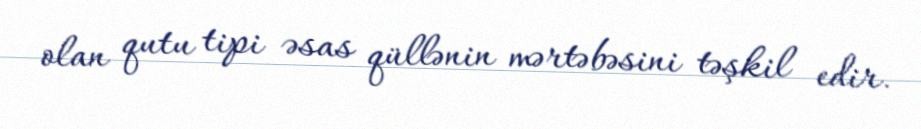
olan qutu tipi əsas qüllənin mərtəbəsini təşkil edir.